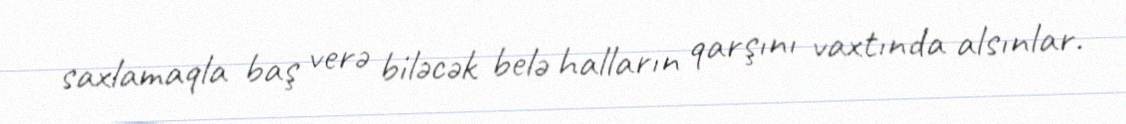
saxlamaqla baş verə biləcək belə halların qarşını vaxtında alsınlar.